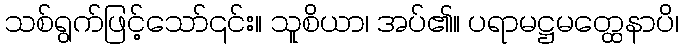
သစ်ရွက်ဖြင့်သော်၎င်း။ သူစိယာ၊ အပ်၏။ ပရာမဋ္ဌမတ္ထေနာပိ၊